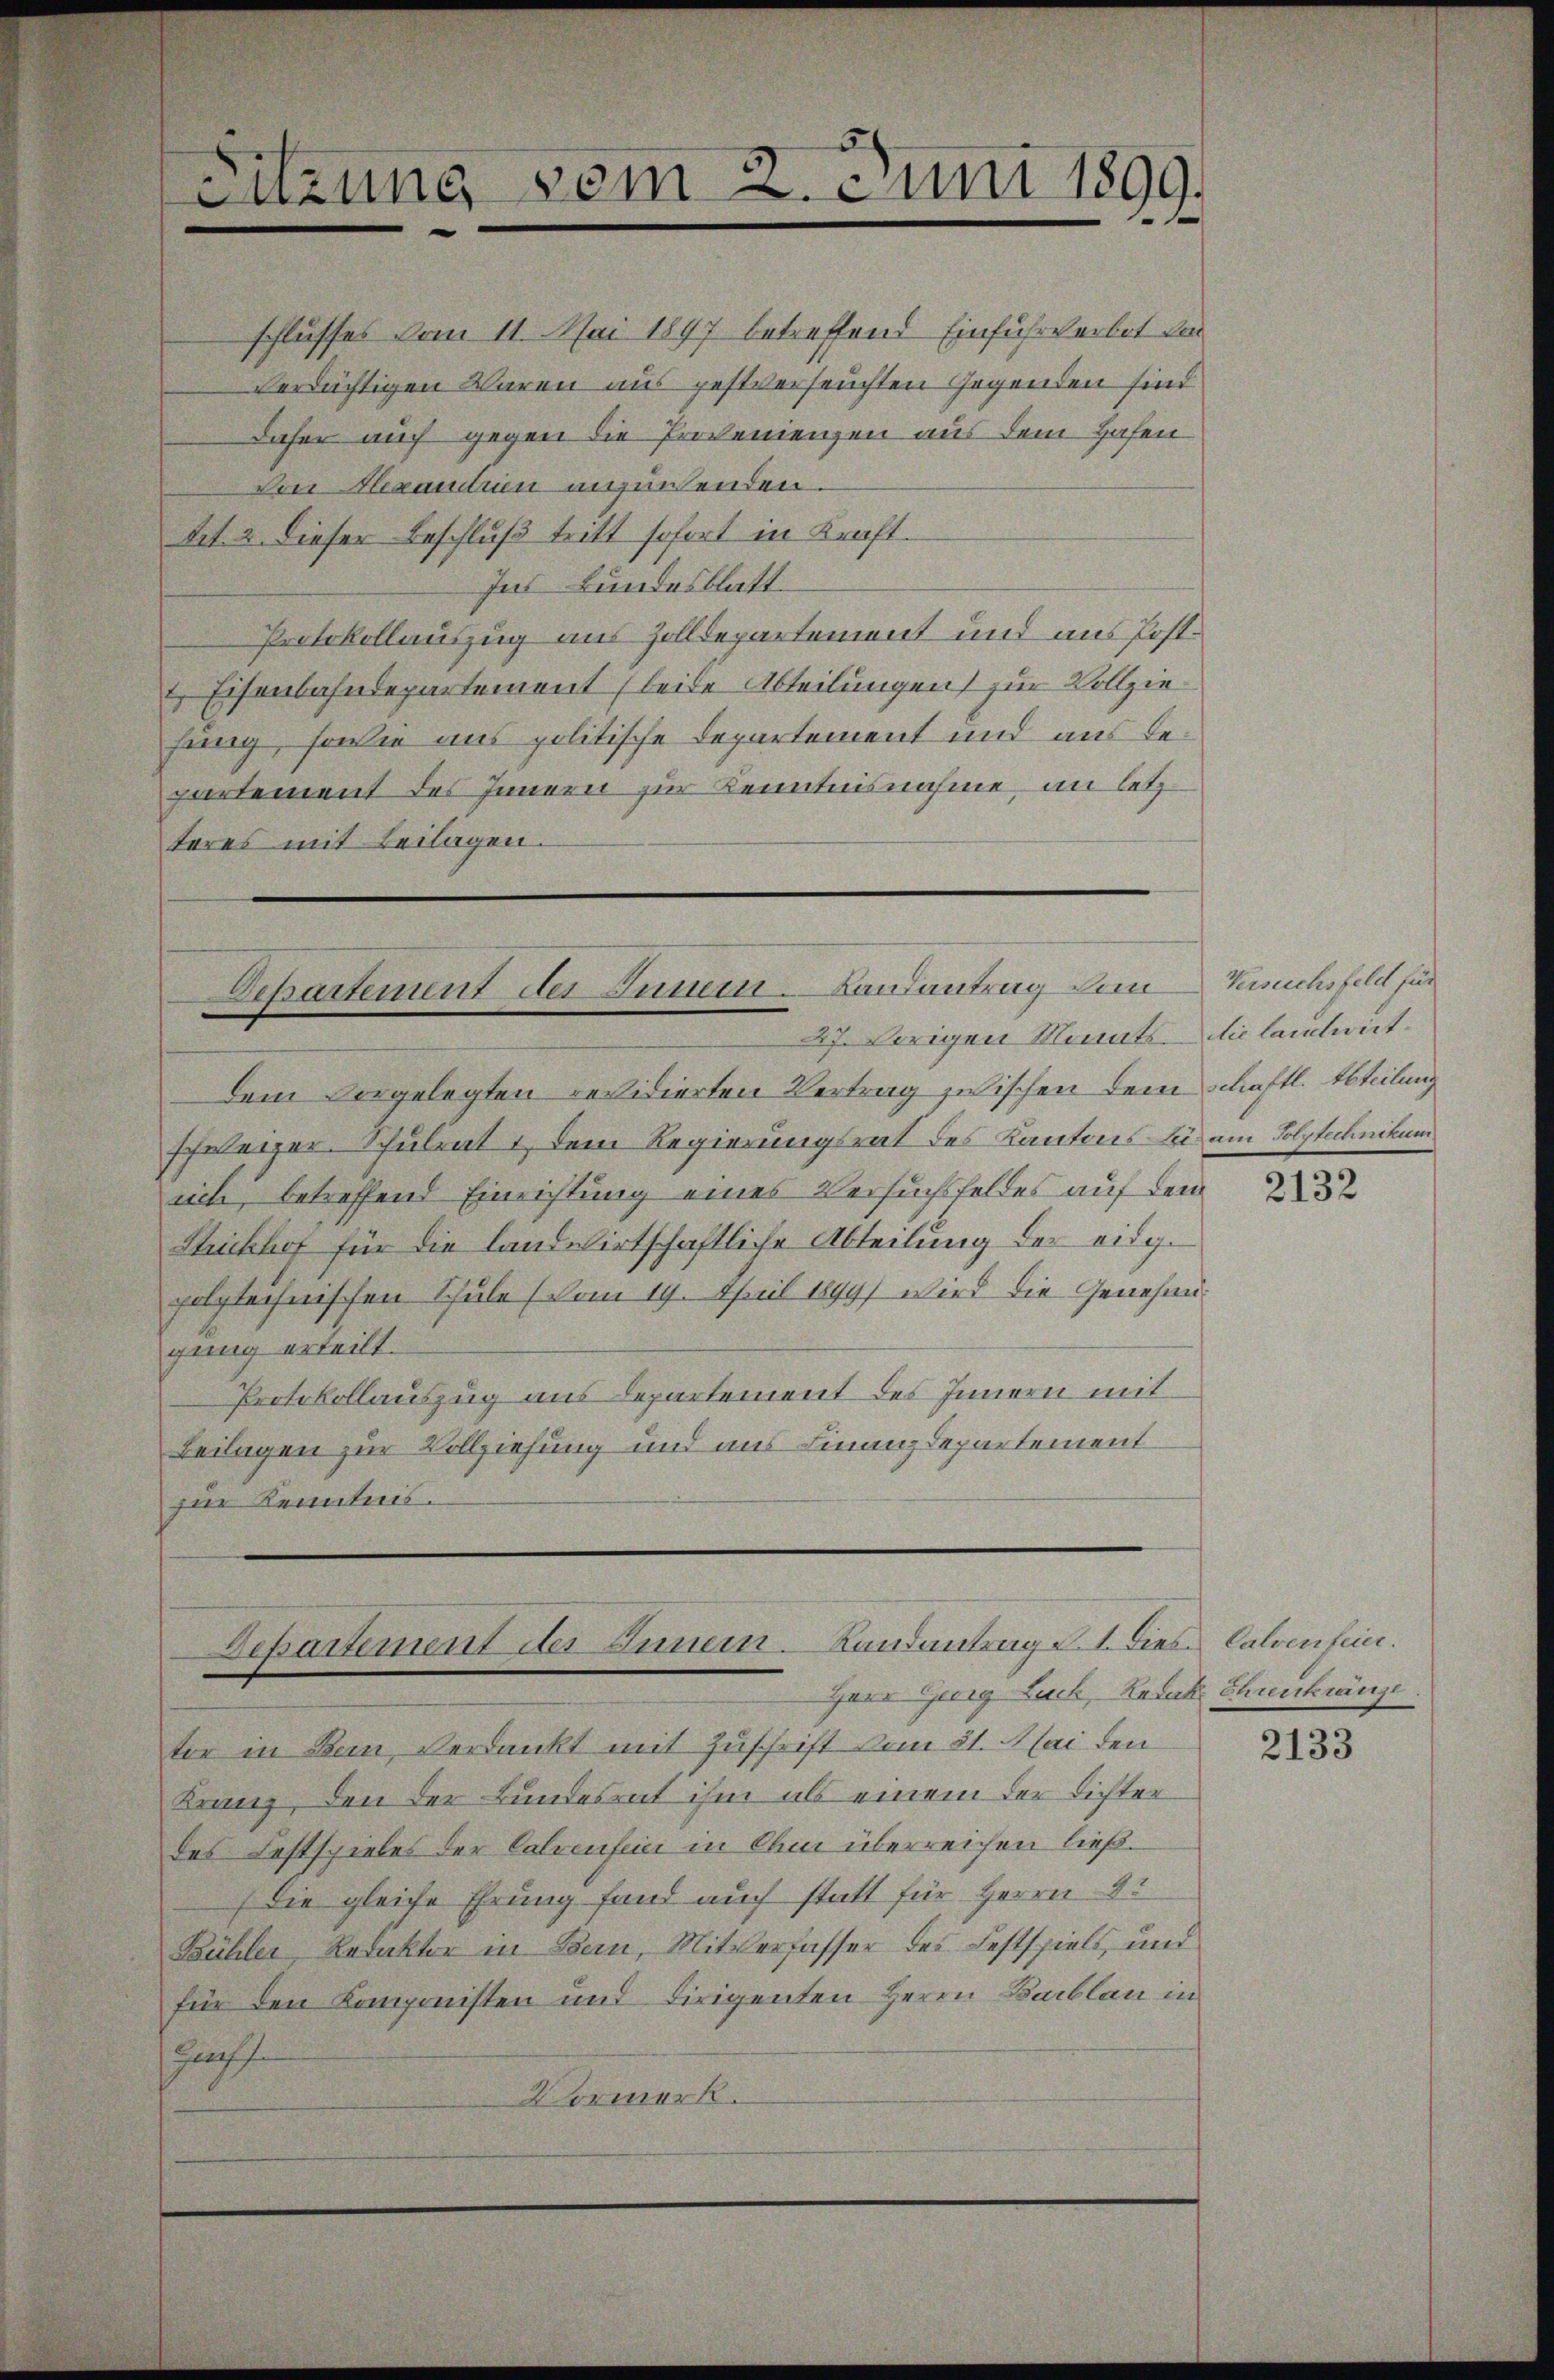
Sitzung vom . . uni 1899.

schlusses vom 11. Mai 1897 betreffend Einfuhrverbot der
verdächtigen Waren aus gestverseuchten Gegenden sind
daher auch gegen die Provenienzen aus dem Hafen
Von Alexanction anzuwenden.
Art. 2 dieser Beschluß tritt sofort in Kraft.
Ins Bundesblatt
Protokollauszug aus Zolldepartement und aus Post¬
Eisenbahndepartement (beide Abteilungen zur Vollziefang, sowie ans politische Departement und aus Bepartement des Innern zur Kenntnisnahme, an letzteres mit Beilagen.

Departement der Summen-Landantrag den
47. Vorigen Monats die landwirt.

Dem vorgelegten revidierten Vertrag zwischen dem Schaftl. Abteilung
schweizer. Schulrat & dem Regierungsrat des Kantons sei am Polytechnikum
sich, betreffend Einrichtung eines Versuchsfeldes auf dem
Stichhof für die landwirtschaftliche Abteilung des eidg.
polytechnischen Schule (vom 19. April 1899) wird die Genehmigung erteilt.
Protokollauszug aus Departement des Innern mit
Beilagen zur Vollziehung und aus Finanzdepartement
zur Kenntnis.

Departement der Innern. Landantrag u. dies Calvenfeier.
Herr Georg Luck, Redak Ehrenkränze

tor in Bern, Verdankt mit Zuschrift vom 21. Mai den
Franz, den der Bundesrat ihm als einem der Lichter
des Festspieles der Calvenfeier in ihm überreichen ließ.
(die gleiche Ehrung fand auch statt für Herrn
Bühler, Redaktor in Bern, Mitverfasser des Festspiels, und
für den Komponisten und dirigenten Herrn Baiblau in
Hochf
Vormerk.

Versuchsfeld für

2132

2133